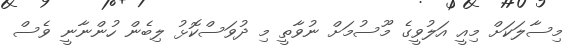
މިސާލަކަށް މިއީ އަލުވީގެ މޫސުމަށް ނުވާތީ މި ދުވަސްކޮޅު ލިބެން ހުންނާނީ ވެސް